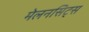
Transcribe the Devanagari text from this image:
मेलनसिट्स